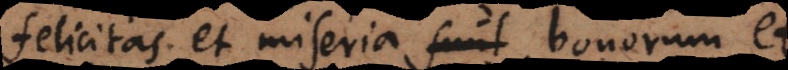
felicitas et miseria bonorum et